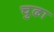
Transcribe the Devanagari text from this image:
चुढा